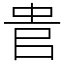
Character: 𠳋